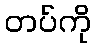
တပ်ကို